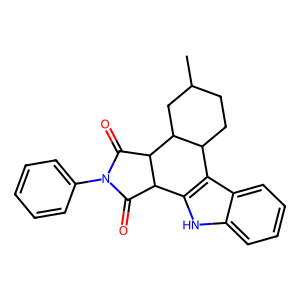
SMILES: CC1CCC2c3c([nH]c4ccccc34)C3C(=O)N(c4ccccc4)C(=O)C3C2C1
Inhibits HIV replication: No